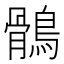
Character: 鶻